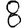
Digit: 8